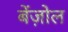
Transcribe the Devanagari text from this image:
बेंज़ोल